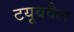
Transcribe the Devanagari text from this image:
टयूबवैल